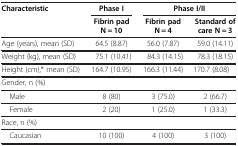
<table><thead><tr><td><b>Characteristic</b></td><td><b>Phase I</b></td><td colspan="2"><b>Phase I/II</b></td></tr><tr><td><b> </b></td><td><b>Fibrin pad N = 10</b></td><td><b>Fibrin pad N = 4</b></td><td><b>Standard of care N = 3</b></td></tr></thead><tbody><tr><td>Age (years), mean (SD)</td><td>64.5 (8.87)</td><td>56.0 (7.87)</td><td>59.0 (14.11)</td></tr><tr><td>Weight (kg), mean (SD)</td><td>75.1 (10.41)</td><td>84.3 (14.15)</td><td>78.3 (18.15)</td></tr><tr><td>Height (cm),* mean (SD)</td><td>164.7 (10.95)</td><td>166.3 (11.44)</td><td>170.7 (8.08)</td></tr><tr><td>Gender, n (%)</td><td> </td><td> </td><td> </td></tr><tr><td> Male</td><td>8 (80)</td><td>3 (75.0)</td><td>2 (66.7)</td></tr><tr><td> Female</td><td>2 (20)</td><td>1 (25.0)</td><td>1 (33.3)</td></tr><tr><td>Race, n (%)</td><td> </td><td> </td><td> </td></tr><tr><td> Caucasian</td><td>10 (100)</td><td>4 (100)</td><td>3 (100)</td></tr></tbody></table>